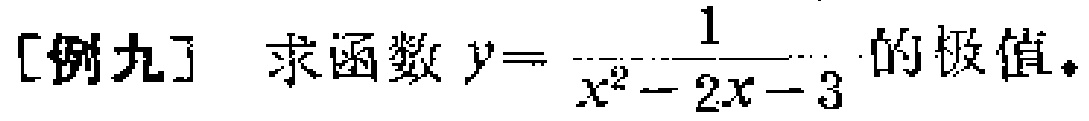
[例九] 求函数 \(y = \frac{1}{x^{2}-2x - 3}\) 的极值。